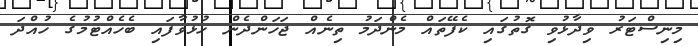
މިނިސްޓަރު ވިދާޅުވި ގޮތުގައި ކެފޭތައް މެންދަމު ތިނެއް ޖަހަންދެން ހުޅުވާފައި ބެހެއްޓުމުގެ ހުއްދަ